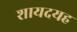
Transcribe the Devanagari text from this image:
शायदयह